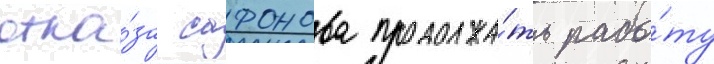
отка́за сафонова продолжа́ть рабо́ту